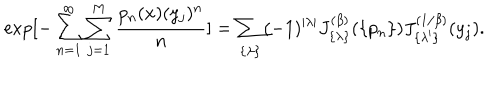
\exp [ - \sum _ { n = 1 } ^ { \infty } \sum _ { j = 1 } ^ { M } { \frac { p _ { n } ( x ) ( y _ { j } ) ^ { n } } { n } } ] = \sum _ { \{ \lambda \} } ( - 1 ) ^ { | \lambda | } J _ { \{ \lambda \} } ^ { ( \beta ) } ( \{ p _ { n } \} ) J _ { \{ \lambda ^ { \prime } \} } ^ { ( 1 / \beta ) } ( y _ { j } ) .